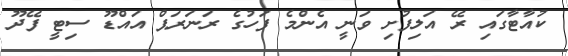
ކުއާޓާގައި ރޭ އަލިފުށި ވަނީ އެންމެ ފަހުގެ ރަނަރަޕް އައްޑޫ ސިޓީ ފޭދޫ